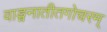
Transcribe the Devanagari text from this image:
वाङ्मनातीतगोचरम्